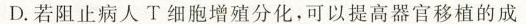
D.若阻止病人T细胞增殖分化，可以提高器官移植的成